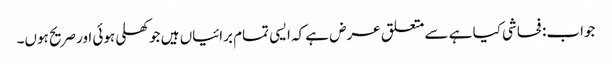
جواب: فحاشی کیا ہے سے متعلق عرض ہے کہ ایسی تمام برائیاں ہیں جو کھلی ہوئی اور صریح ہوں۔